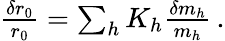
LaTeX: \begin{array}{r}{\frac{\delta r_{0}}{r_{0}}=\sum_{h}K_{h}\frac{\delta m_{h}}{m_{h}}\, .}\end{array}